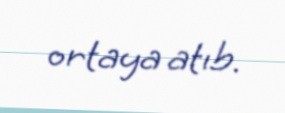
ortaya atıb.